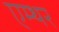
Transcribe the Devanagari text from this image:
एम्थर